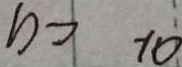
b > - 1 0